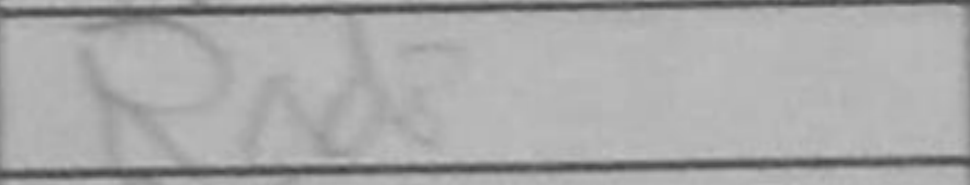
Transcription: Rad2